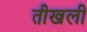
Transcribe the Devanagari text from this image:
तीखली